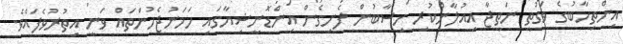
އިންތިހާބުގެ ވަގުތީ ނަތީޖާ އިއުލާންކުރި ހިސާބުން ފެށިގެން އިންޑޮނީޝިޔާގައި ހަމަނުޖެހުންތައް ވަނީ އިތުރުވެފައެވެ.